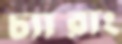
চ্যারাং